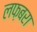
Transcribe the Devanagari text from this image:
लफ़बरा